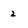
Character: 2